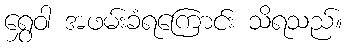
ရွှေဝါ အဖမ်းခံရကြောင်း သိရသည်။